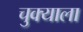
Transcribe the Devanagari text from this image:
चुक्याला